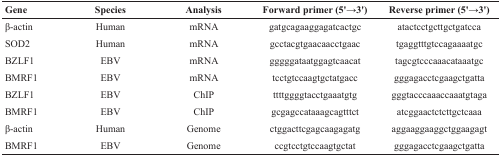
<table><thead><tr><td><b>Gene</b></td><td><b>Species</b></td><td><b>Analysis</b></td><td><b>Forward primer (5&#x27;→3&#x27;)</b></td><td><b>Reverse primer (5&#x27;→3&#x27;)</b></td></tr></thead><tbody><tr><td>β-actin</td><td>Human</td><td>mRNA</td><td>gatgcagaaggagatcactgc</td><td>atactcctgcttgctgatcca</td></tr><tr><td>SOD2</td><td>Human</td><td>mRNA</td><td>gcctacgtgaacaacctgaac</td><td>tgaggtttgtccagaaaatgc</td></tr><tr><td>BZLF1</td><td>EBV</td><td>mRNA</td><td>gggggataatggagtcaacat</td><td>tagcgtcccaaacataaatgc</td></tr><tr><td>BMRF1</td><td>EBV</td><td>mRNA</td><td>tcctgtccaagtgctatgacc</td><td>gggagacctcgaagctgatta</td></tr><tr><td>BZLF1</td><td>EBV</td><td>ChIP</td><td>ttttggggtacctgaaatgtg</td><td>gggtacccaaaccaaatgtaga</td></tr><tr><td>BMRF1</td><td>EBV</td><td>ChIP</td><td>gcgagccataaagcagtttct</td><td>atcggaactctcttgctcaaa</td></tr><tr><td>β-actin</td><td>Human</td><td>Genome</td><td>ctggacttcgagcaagagatg</td><td>aggaaggaaggctggaagagt</td></tr><tr><td>BMRF1</td><td>EBV</td><td>Genome</td><td>ccgtcctgtccaagtgctat</td><td>gggagacctcgaagctgatta</td></tr></tbody></table>